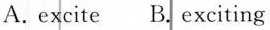
A.excite B. Exciting